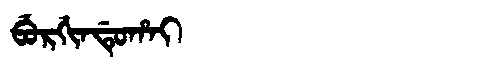
Manchu: ᠪᡠᡵᡤᡳᠨᡩᡠᡥᠠᡳ
Romanization: BURGINDUHAI